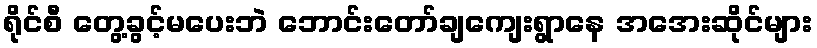
ရိုင်စီ တွေ့ခွင့်မပေးဘဲ ဘောင်းတော်ချကျေးရွာနေ အအေးဆိုင်များ